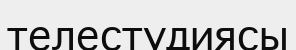
телестудиясы